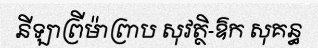
នីឡាព្រីម៉ាព្រាប សុវត្ថិ-ឱក សុគន្ធ